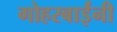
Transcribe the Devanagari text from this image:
गोहरबाईंनी